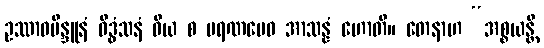
ဥဿာဝဗိန္ဒူနံ ဝိဒ္ဓံသနံ ဝိယ စ မရဏမေဝ အာသန္နံ ဟောတိ။ တေနာဟ “အစ္စယန္တိ